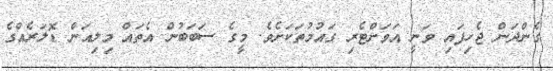
ގެންދަން ޖެހިފައި ވަނީ އަވަށްޓެރި ގައުމުތަކަށެވެ. މީގެ ސަބަބުން އެތައް މިލިއަން ޑޮލަރެއްގެ